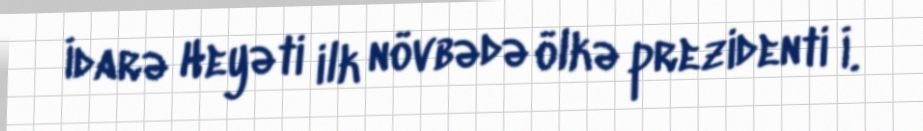
İdarə Heyəti ilk növbədə ölkə prezidenti İ.